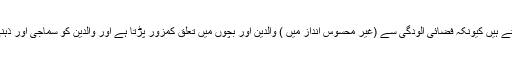
یہ رویے اس لیے بھی پیدا ہوتے ہیں کیونکہ فضائی آلودگی سے (غیر محسوس انداز میں ) والدین اور بچوں میں تعلق کمزور پڑتا ہے اور والدین کو سماجی اور ذہنی دباو کا سامنا کرنا پڑتا ہے۔